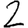
Digit: 2